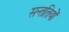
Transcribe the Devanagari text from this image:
सन्ततियों